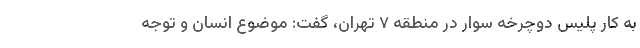
به کار پلیس دوچرخه سوار در منطقه ۷ تهران، گفت: موضوع انسان و توجه